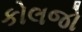
કોલજો